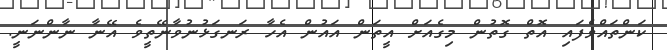
ކަންތައްވެފައި އޮތް ގޮތުން މިގެއަށް އީތަން އައުން އެހާ ރަނގަޅުނުވާނޭތީވެ އޭނާ ނާންނަނީ.